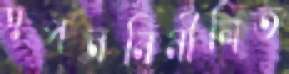
স্বপননিমীলিত